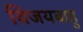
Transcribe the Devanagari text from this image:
विजयबाहु